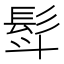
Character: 𮪿